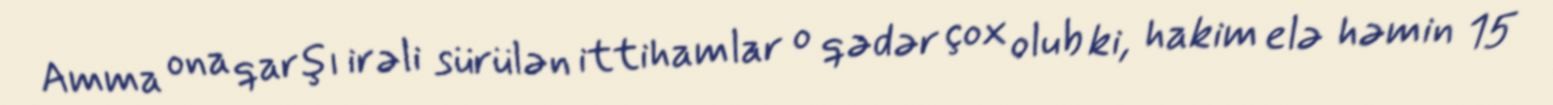
Amma ona qarşı irəli sürülən ittihamlar o qədər çox olub ki, hakim elə həmin 15